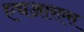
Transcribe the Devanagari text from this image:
एचआरएस